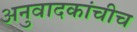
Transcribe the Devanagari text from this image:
अनुवादकांचीच